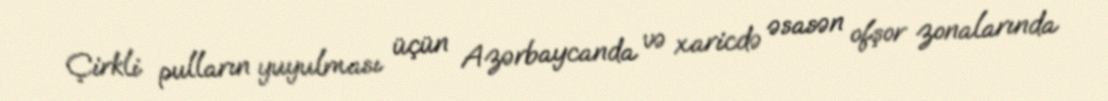
Çirkli pulların yuyulması üçün Azərbaycanda və xaricdə əsasən ofşor zonalarında